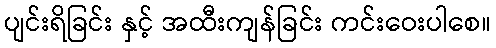
ပျင်းရိခြင်း နှင့် အထီးကျန်ခြင်း ကင်းဝေးပါစေ။